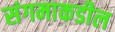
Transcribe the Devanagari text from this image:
संगमाकडील